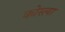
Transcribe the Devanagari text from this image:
कोस्त्या